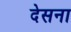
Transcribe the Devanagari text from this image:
देसना